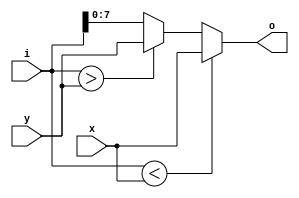
module db_clip3_str(o,x,y,i);
//---------------------------------------------------------------------------
//
//                        INPUT/OUTPUT DECLARATION 
//
//----------------------------------------------------------------------------
input  [7:0] x,y;
input  [8:0] i  ;
output wire [7:0] o;

assign o = (i<x) ? x : ((i>y) ? y : i[7:0]);

endmodule